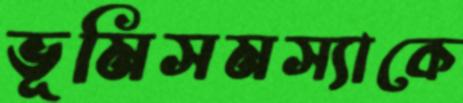
ভূমিসমস্যাকে